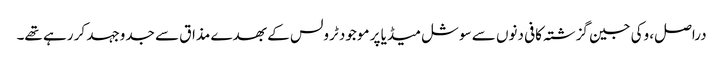
دراصل، وکی جین گزشتہ کافی دنوں سے سوشل میڈیا پر موجود ٹرولس کے بھدے مذاق سے جدوجہد کر رہے تھے۔